King Institute of Preventive Medicine Micro-Biological Section reports 1909-11
Year: 1909
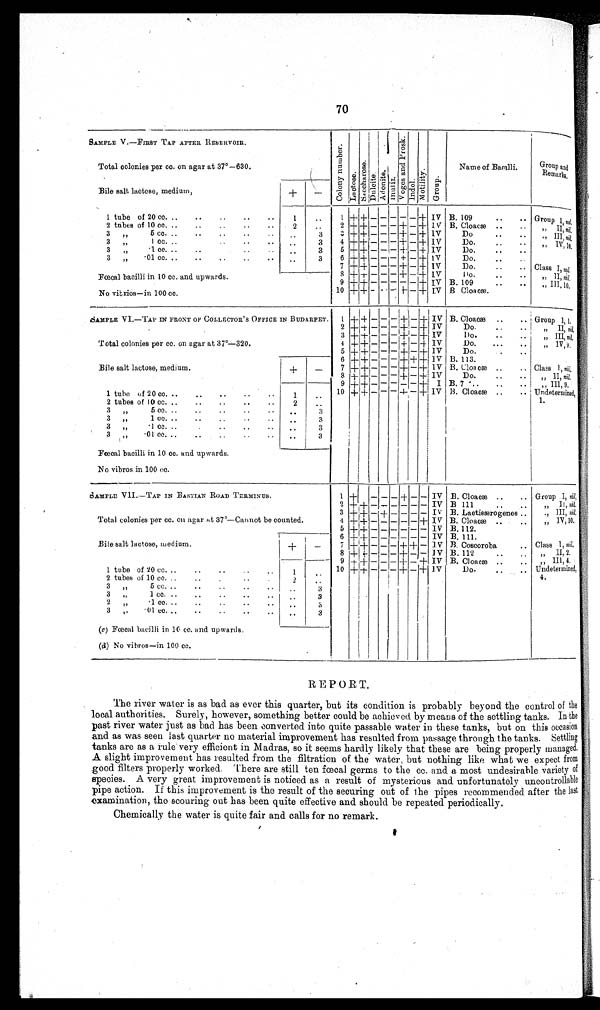
70
SAMPLE V.—FIRST TAP AFTER RESERVOIR.
C o l o n y n u m b e r .
L a c t o s e .
Sa c c ha r os e .
D u l c i t e .
A d o n i t e .
Inulin.
V o g e s a n d P r o s k .
I ndol .
M o t i l i t y .
Group.
Name of Bacilli.
Group and
Remarks.
Total colonies per cc. on agar at 37°—630.
Bile salt lactose, medium,
+
—
1 tube of 20 cc. ..
..
..
..
• •
1
..
1 +
++
— — — — — + IV B. 109
Group
I ,
n i l .
2 tubes of 10 cc. ..
..
• •
• •
2
...
2 + + — — — + — + IV B. Cloacæ ..
..
„
I I ,
n i l ,
3
„
5 cc. ..
..
..
..
..
3
3 + + — — — + — + IV
Do
..
„
III,n i l .
3
„
,,
1 cc. ..
..
..
..
3
4 ++ + — ——— — ++ IV
Do.
..
• -
„
I V , 1 0 .
3 „
. 1 c c .
. .
. .
..
3
5 + + — — — + — + IV
Do.
..
..
....
3
„
.01 cc. ..
..
..
...
..
3
6 + + ——— + — + IV
Do.
..
7 + + — — — + —++ IV
Do.
.... Class
I ,
n i l .
8 + + — — — + —+ IV Do.
„
I I ,
n i l .
Fœcal bacilli in 10 cc. and upwards.
9
+ + ———— — + IV B. 109
„ III, 10.
No vibrios—in 100 cc.
10 + + — — — + — + IV B Cloacæ.
SAMPLE VI.—TAP IN FRONT OF COLLECTOR' S OFFICE IN BUDARPET.
1
+
+ — — —
+ — + IV B. Cloacæ ..
.. Group I, 1.
2 + + — — — + — + IV
Do.
..
..
„
II, nil.
3 + + — — — + — +
I V
Do.
• •
..
„ III, nil.
Total colonies per cc. on agar at 37°—320.
4 + + — — — + — +
I V
Do.
...
• .
,, IV, 9.
5 + + — — — + — + IV
Do.
6 + + —— —+ + + IV B. 113.
Bile salt lactose, medium.
+
—
7 + + — — — + — + IV B. Cloacæ ..
. . Class I, nil.
8 ± + — — — + — + IV
Do.
..
„ II, nil.
9 + + —————+ I B. 7 `..
..
.. i
„ III, 0.
1 tube of 20 cc. ..
..
..
..
..
1
..
10 + + ———+ — + IV B. Cloacæ ..
.. ; Undetermined,
2 tubes of 10 cc. . ,
..
..
..
• •
2
..
1.
3 „
5 cc. ..
..
..
..
3
3
„
1 c c .
..
3
3 „
. 1 c c .
.
..
3
3
„
. 0 1 c c .
..
3
Fœcal bacilli in 10 cc. and upwards.
No vibros in 100 cc.
SAMPLE VII.—TAP IN BASTIAN ROAD TERMINUS.
1
+ —
— — + — — IV B. Cloacæ. ..
.. Group I, nil,
2
+ + —————— IV B III
„
II, nil.
3 + + — + — — — — IV B. .Lactisærogenes ..
„
III, nil,
Total colonies per cc. on agar at 37°—Cannot be counted.
4 + + —— — — — + IV B. Cloacæ..
..
„ lV, 10.
5 + + — — — — — — IV B. 112.
6 + + — — — — — — IV B. 111.
Bile salt lactose, medium.
+
—
7 + + — — — + + — IV B. Coscoroba
.. Class I, nil.
8 + + —— — + — — IV B. 112..
„
II, 2.
9 + + — — — + —— IV B. Cloacæ
..
„
III, 4.
1 tube of 20 cc.
•
.,
..
..
•
1
. . 10 + + —— — + — + IV
Do.
• ,
. Undetermined,
2 tubes of 10 cc. ..
..
2
. .
4.
3
„
5 c c .
. .
3
3
„
1 c c .
. .
3
2
„
. 1 c c .
. .
. .
. .
3
3
„
.01 cc. ..
• •
• '
"..
. .
3
(c) Fœcal bacilli in 10 cc. and upwards.
(d) No vibros—in 100 cc.
REPORT.
The river water is as bad as ever this quarter, but its condition is probably beyond the control of the
local authorities. Surely, however, something better could be achieved by means of the settling tanks. In the
past river water just as bad has been converted into quite passable water in these tanks, but on this occasion
and as was seen last quarter no material improvement has resulted from passage through the tanks. Settling
tanks are as a rule very efficient in Madras, so it seems hardly likely that these are being properly managed.
A slight improvement has resulted from the filtration of the water, but nothing like what we expect from
good filters properly worked. There are still ten fœcal germs to the cc. and a most undesirable variety of
species. A very great improvement is noticed as a result of mysterious and unfortunately uncontrollable
pipe action. If this improvement is the result of the securing out of the pipes recommended after the last
examination, the scouring out has been quite effective and should be repeated periodically.
Chemically the water is quite fair and calls for no remark.